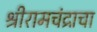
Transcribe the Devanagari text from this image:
श्रीरामचंद्राचा